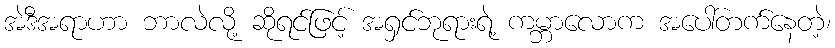
အဲဒီအရာဟာ ဘာလဲလို့ ဆိုရင်ဖြင့် အရှင်ဘုရားရဲ့ ကမ္ဘာလောက အပေါ်တက်နေတဲ့၊